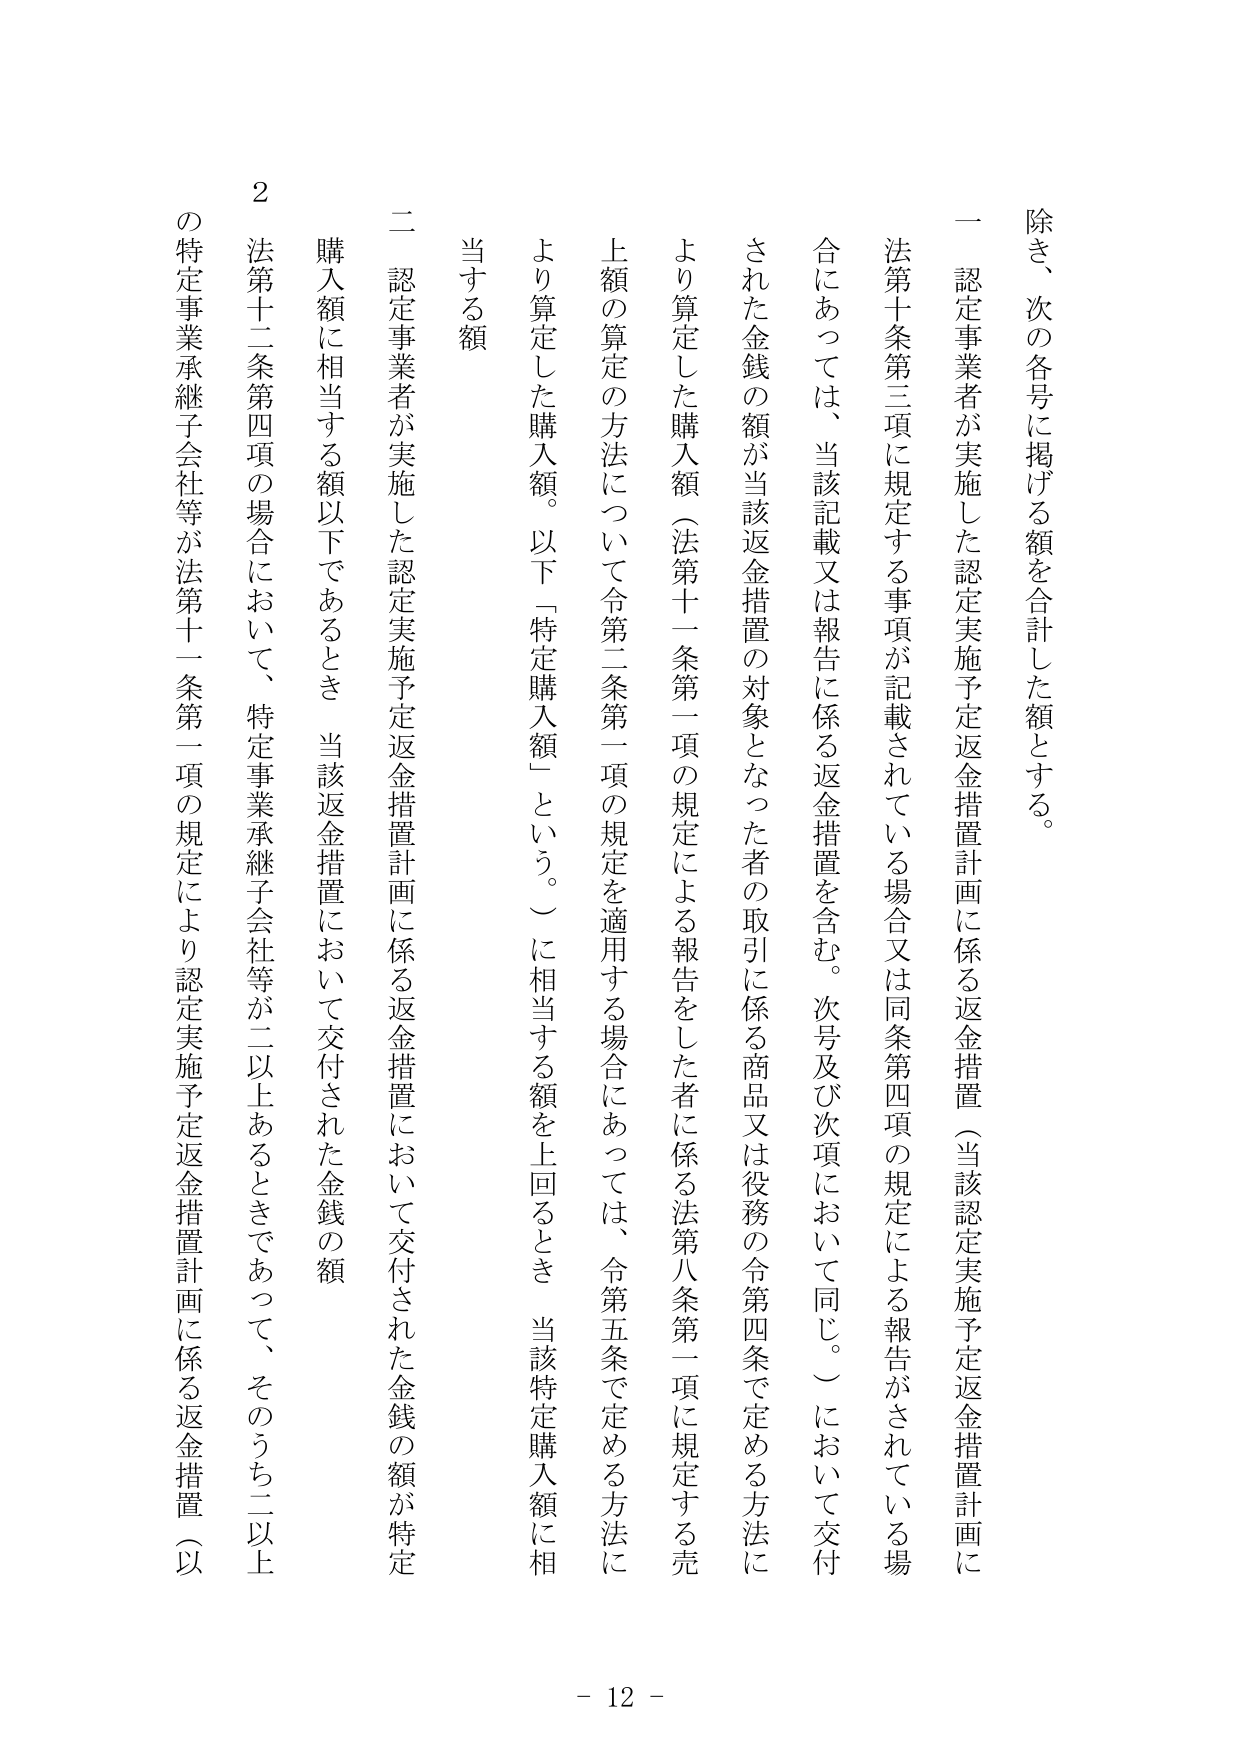
除き、次の各号に掲げる額を合計した額とする。

一 認定事業者が実施した認定実施予定返金措置計画に係る返金措置（当該認定実施予定返金措置計画に
法第十条第三項に規定する事項が記載されている場合又は同条第四項の規定による報告がされている場
合にあっては、当該記載又は報告に係る返金措置を含む。次号及び次項において同じ。）において交付
された金銭の額が当該返金措置の対象となった者の取引に係る商品又は役務の令第四条で定める方法に
より算定した購入額（法第十一条第一項の規定による報告をした者に係る法第八条第一項に規定する売
上額の算定の方法について令第二条第一項の規定を適用する場合にあっては、令第五条で定める方法に
より算定した購入額。以下「特定購入額」という。）に相当する額を上回るとき、当該特定購入額に相
当する額

二 認定事業者が実施した認定実施予定返金措置計画に係る返金措置において交付された金銭の額が特定
購入額に相当する額以下であるとき、当該返金措置において交付された金銭の額

２ 法第十二条第四項の場合において、特定事業承継子会社等が二以上あるときであって、そのうち二以上
の特定事業承継子会社等が法第十一条第一項の規定により認定実施予定返金措置計画に係る返金措置（以

- 12 -